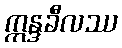
ဣန္ဒခီလဿ